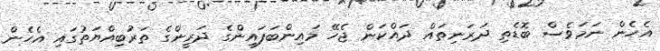
އެހެން ނަމަވެސް ބޮޑެތި ދަރަނިތައް ދައްކަން ޖެހޭ މައިންބަފައިންގެ ދަރީންގެ ތަރުބިއްޔަތުގައި އެހެން